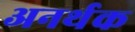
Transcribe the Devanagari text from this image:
अनर्थक